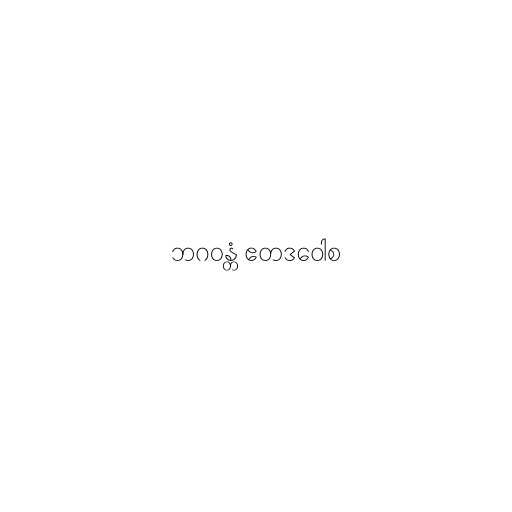
ဘဂဝန္တံ ဧတဒဝေါစ